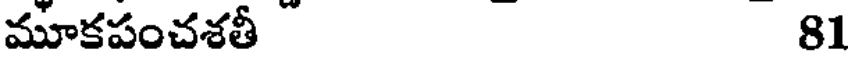
మూకపంచశతీ 81